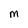
Character: M